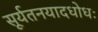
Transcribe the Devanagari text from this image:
सूर्यतनयादधोधः